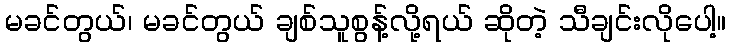
မခင်တွယ်၊ မခင်တွယ် ချစ်သူစွန့်လို့ရယ် ဆိုတဲ့ သီချင်းလိုပေါ့။